Vaccination Hyderabad 1890-1903 - 1890-1903
Year: 1890
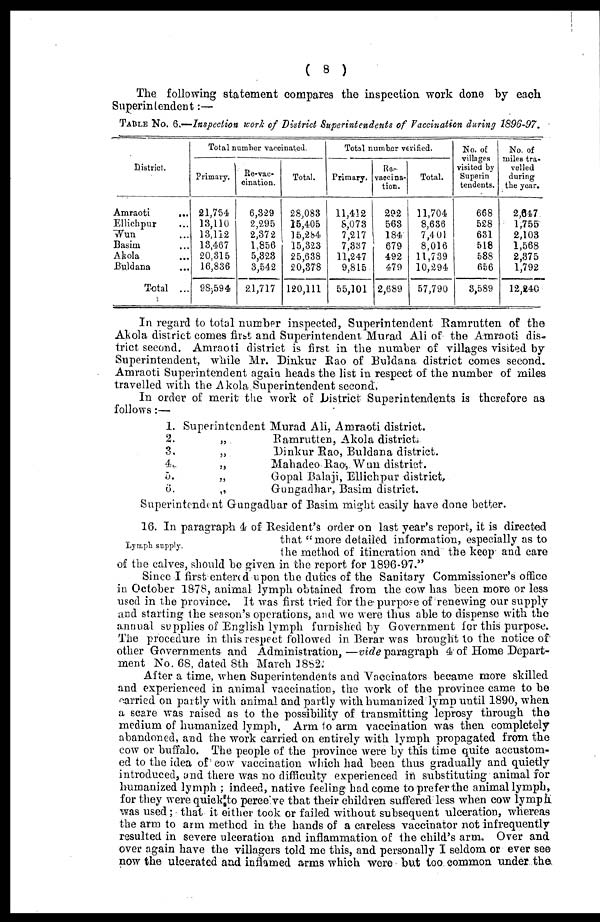
( 8 )
The following statement compares the inspection work done by each
Superintendent:—
TABLE No. 6.—Inspection work of District Superintendents of Vaccination during 1896-97.
District.
Amraoti
...
Ellichpur ...
Wun ...
Basim ...
Akola ...
Buldana ...
Total ...
Total number vaccinated.
Primary.
21,754
13,110
13,112
13,467
20,315
16,836
98,594
Re-vac¬
cination.
6,329
2,295
2,372
1,856
5,323
3,542
21,717
Total.
28,083
15,405
15,284
15,323
25,638
20,378
120,111
Total number verified.
Primary.
11,412
8,073
7,217
7,337
11,247
9,815
55,101
vaccina¬
tion.
292
563
184
679
492
479
2,689
Total.
11,704
8,636
7,401
8,016
11,739
10,294
57,790
No. of
villages
visited by
Superin¬
tendents.
668
528
631
518
588
656
3,589
No. of
miles tra-
velled
during
the year.
2,647
1,755
2,103
1,568
2,375
1,792
12,240
In regard to total number inspected, Superintendent Ramrutten of the
Akola district comes first and Superintendent Murad Ali of the Amraoti dis-
trict second. Amraoti district is first in the number of villages visited by
Superintendent, while Mr. Dinkur Rao of Buldana district comes second.
Amraoti Superintendent again heads the list in respect of the number of miles
travelled with the Akola Superintendent second.
In order of merit the work of District Superintendents is therefore as
follows:—
1.
2.
3.
4.
5.
6.
Superintendent Murad Ali, Amraoti district.
„
Ramrutten, Akola district.
„
Dinkur Rao, Buldana district.
„
Mahadeo Raoy Wun district.
„
Gopal Balaji, Ellichpur district.
„
Gungadhar, Basim district.
Superintendent Gungadhar of Basim might easily have done better.
Lymph supply.
16. In paragraph 4 of Resident's order on last year's report, it is directed
that "more detailed information, especially as to
the method of itineration and the keep and care
of the calves, should be given in the report for 1896-97."
Since I first entered upon the duties of the Sanitary Commissioner's office
in October 1878, animal lymph obtained from the cow has been more or less
used in the province. It was first tried for the purpose of renewing our supply
and starting the season's operations, and we were thus able to dispense with the
annual supplies of English lymph furnished by Government for this purpose.
The procedure in this respect followed in Berar was brought to the notice of
other Governments and Administration, —vide paragraph 4 of Home Depart-
ment No. 68, dated 8th March 1882.
After a time, when Superintendents and Vaccinators became more skilled
and experienced in animal vaccination, the work of the province came to be
carried on partly with animal and partly with humanized lymp until 1890, when
a scare was raised as to the possibility of transmitting leprosy through the
medium of humanized lymph. Arm to arm vaccination was then completely
abandoned, and the work carried on entirely with lymph propagated from the
cow or buffalo. The people of the province were by this time quite accustom-
ed to the idea of cow vaccination which had been thus gradually and quietly
introduced, and there was no difficulty experienced in substituting animal for
humanized lymph ; indeed, native feeling had come to prefer the animal lymph,
for they were quick to perceive that their children suffered less when cow lymph
was used; that it either took or failed without subsequent ulceration, whereas
the arm to arm method in the hands of a careless vaccinator not infrequently
resulted in severe ulceration and inflammation of the child's arm. Over and
over again have the villagers told me this, and personally I seldom or ever see
now the ulcerated and inflamed arms which were but too common under the